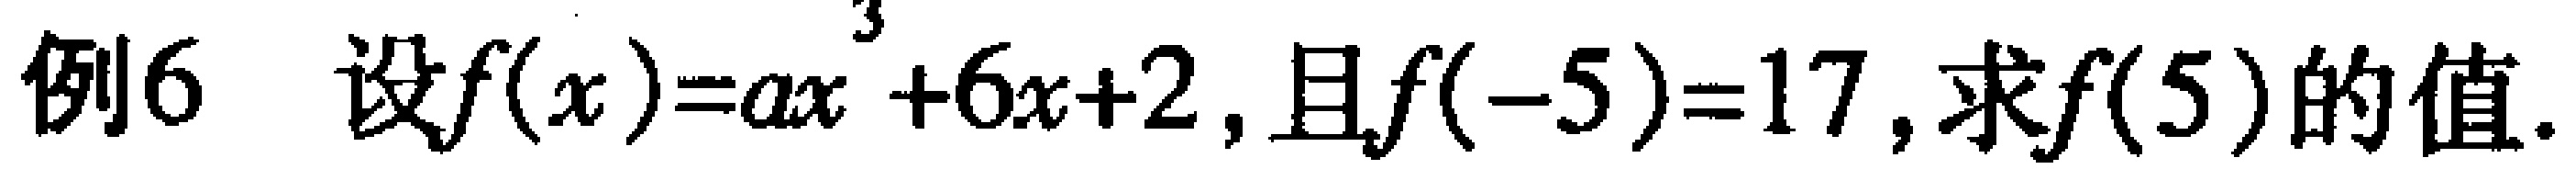
例6 设$f(x)=ax^{3}+6x + 2$, 且$f(-5)=17$, 求$f(5)$的值.